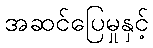
အဆင်ပြေမှုနှင့်